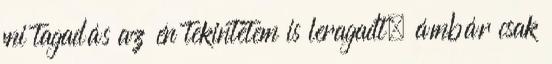
mi tagadás az én tekintetem is leragadt, ámbár csak